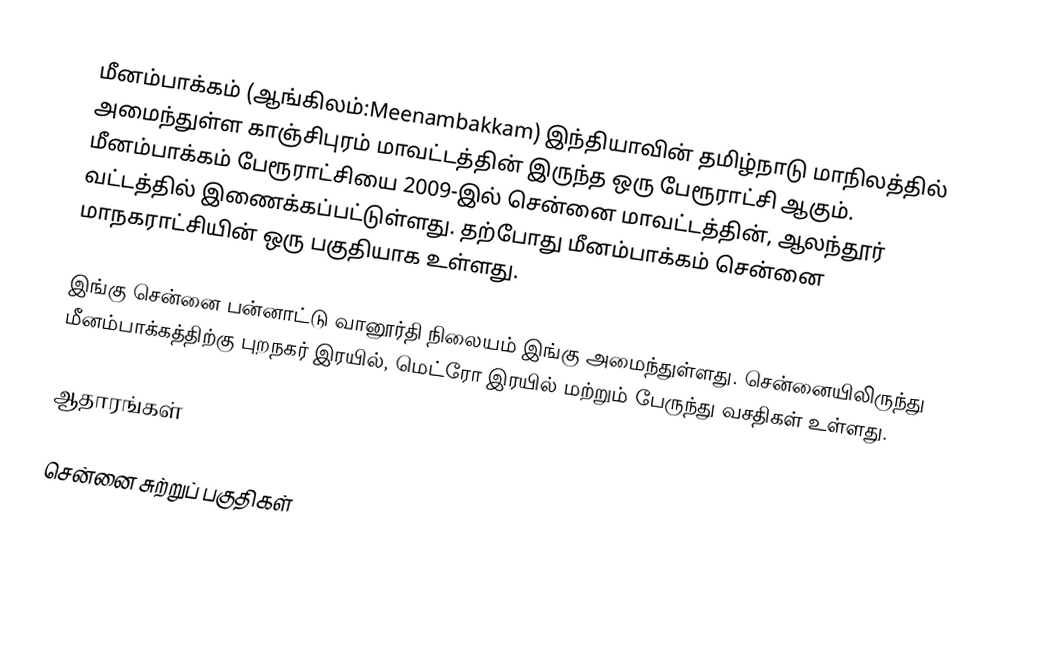
மீனம்பாக்கம் (ஆங்கிலம்:Meenambakkam) இந்தியாவின் தமிழ்நாடு மாநிலத்தில் அமைந்துள்ள காஞ்சிபுரம் மாவட்டத்தின்  இருந்த ஒரு பேரூராட்சி ஆகும். மீனம்பாக்கம் பேரூராட்சியை 2009-இல் சென்னை மாவட்டத்தின், ஆலந்தூர் வட்டத்தில் இணைக்கப்பட்டுள்ளது. தற்போது மீனம்பாக்கம் சென்னை மாநகராட்சியின் ஒரு பகுதியாக உள்ளது.

இங்கு சென்னை பன்னாட்டு வானூர்தி நிலையம் இங்கு அமைந்துள்ளது. சென்னையிலிருந்து மீனம்பாக்கத்திற்கு புறநகர் இரயில், மெட்ரோ இரயில் மற்றும் பேருந்து வசதிகள் உள்ளது.

ஆதாரங்கள்

சென்னை சுற்றுப் பகுதிகள்